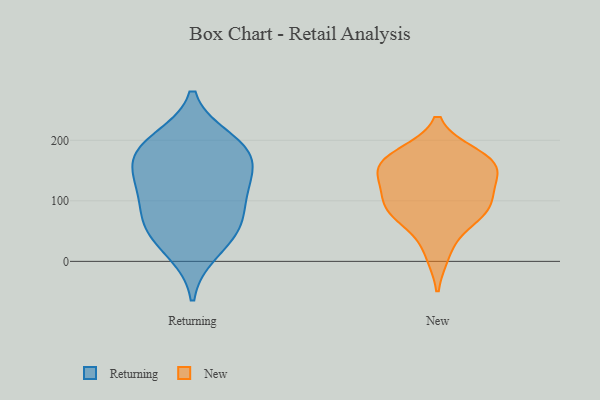
{"axis": {"x": "Waste Production (Tons)", "y": "Value"}, "legend": ["New", "Returning"], "data": [{"x": "", "y": 53, "type": "Returning"}, {"x": "", "y": 116, "type": "Returning"}, {"x": "", "y": 136, "type": "Returning"}, {"x": "", "y": 181, "type": "Returning"}, {"x": "", "y": 199, "type": "Returning"}, {"x": "", "y": 17, "type": "Returning"}, {"x": "", "y": 180, "type": "Returning"}, {"x": "", "y": 124, "type": "Returning"}, {"x": "", "y": 68, "type": "Returning"}, {"x": "", "y": 61, "type": "Returning"}, {"x": "", "y": 179, "type": "Returning"}, {"x": "", "y": 162, "type": "New"}, {"x": "", "y": 14, "type": "New"}, {"x": "", "y": 84, "type": "New"}, {"x": "", "y": 164, "type": "New"}, {"x": "", "y": 80, "type": "New"}, {"x": "", "y": 97, "type": "New"}, {"x": "", "y": 175, "type": "New"}, {"x": "", "y": 146, "type": "New"}, {"x": "", "y": 165, "type": "New"}, {"x": "", "y": 73, "type": "New"}, {"x": "", "y": 136, "type": "New"}, {"x": "", "y": 108, "type": "New"}]}